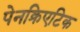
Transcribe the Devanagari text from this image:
पेनक्रिएटिक